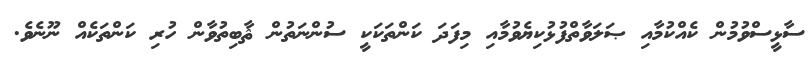
ސާޅީސްވުމުން ކެއްކުމާއި ޞަލަވާތްފުޅުކިޔެވުމާއި މިފަދަ ކަންތަކަކީ ސުންނަތުން ޘާބިތުވާން ހުރި ކަންތަކެއް ނޫނެވެ.